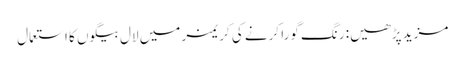
مزید پڑھیں: رنگ گورا کرنے کی کریمز میں لال بیگوں کا استعمال